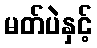
မတ်ပဲနှင့်